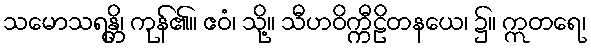
သမောသရန္တိ၊ ကုန်၏။ ဧဝံ၊ သို့။ သီဟဝိက္ကီဠိတနယေ၊ ၌။ ဣတရေ၊